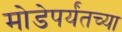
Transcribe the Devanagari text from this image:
मोडेपर्यंतच्या